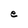
Character: e